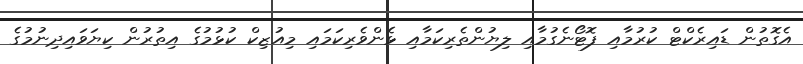
އެގޮތުން ޑައިރެކްޓް ކުރުމާއި ފޮޓޯނެގުމާއި ލިޔުންތެރިކަމާއި ޅެންވެރިކަމައި މިއުޒިކް ކުޅުމުގެ އިތުރުން ކިޔަވައިދިނުމުގެ